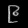
Digit: ၉